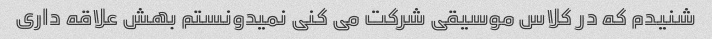
شنیدم که در کلاس موسیقی شرکت می کنی نمیدونستم بهش علاقه داری